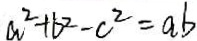
a ^ { 2 } + b ^ { 2 } - c ^ { 2 } = a b